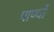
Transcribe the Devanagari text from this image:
पाण्वों